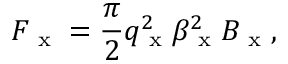
F _ { \textrm { x } } = \frac { \pi } { 2 } q _ { \textrm { x } } ^ { 2 } \beta _ { \textrm { x } } ^ { 2 } B _ { \textrm { x } } ,